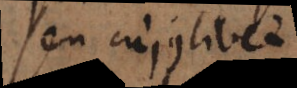
seu cujuslibet